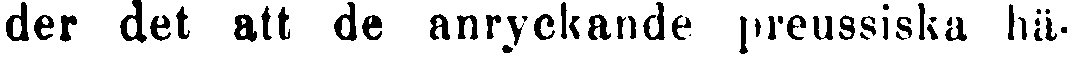
der det att de anryckande preussiska hä-